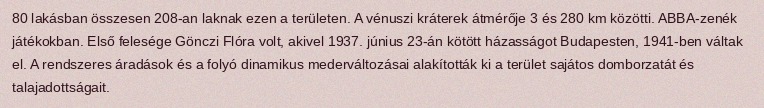
80 lakásban összesen 208-an laknak ezen a területen. A vénuszi kráterek átmérője 3 és 280 km közötti. ABBA-zenék játékokban. Első felesége Gönczi Flóra volt, akivel 1937. június 23-án kötött házasságot Budapesten, 1941-ben váltak el. A rendszeres áradások és a folyó dinamikus mederváltozásai alakították ki a terület sajátos domborzatát és talajadottságait.